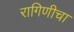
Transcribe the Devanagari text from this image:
रागिणीचा